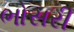
ભોસરી